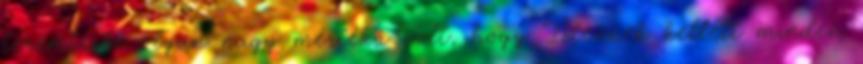
teremtésbe olyan nagy mértékű volt, hogy Istennek kellett minden